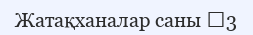
Жатақханалар саны 	3